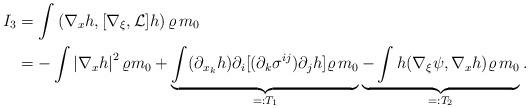
LaTeX: \begin{align*}\begin{aligned}I_3& = \int \left(\nabla_{x}h, [\nabla_{\xi},\mathcal{L}]h\right)\varrho\,m_0\\& = -\int \left|\nabla_{x} h\right|^2 \varrho m_0 +\underbrace{\int (\partial_{x_{k}}h) \partial_{i}[(\partial_{k}\sigma^{ij})\partial_{j}h ]\varrho\,m_0}_{=:T_1} \underbrace{-\int h (\nabla_{\xi}\psi,\nabla_{x} h)\varrho\,m_0}_{=:T_2}.\end{aligned}\end{align*}